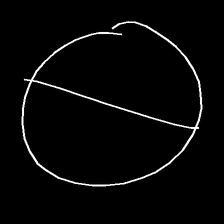
Glyph: orb